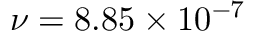
\nu = 8 . 8 5 \times 1 0 ^ { - 7 }